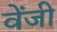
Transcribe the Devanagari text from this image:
वेंजी